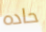
حاده